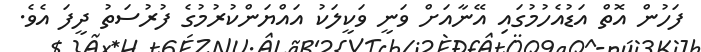
ފަހުން އޮތް އަޑުއެހުމުގައި އޭނާއަށް ވަނީ ވަކީލަކު އައްޔަންކުރުމުގެ ފުރުސަތު ދީފަ އެވެ.